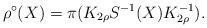
LaTeX: \begin{align*}\rho^{\circ}(X)=\pi(K_{2\rho}S^{-1}(X)K_{2\rho}^{-1}).\end{align*}